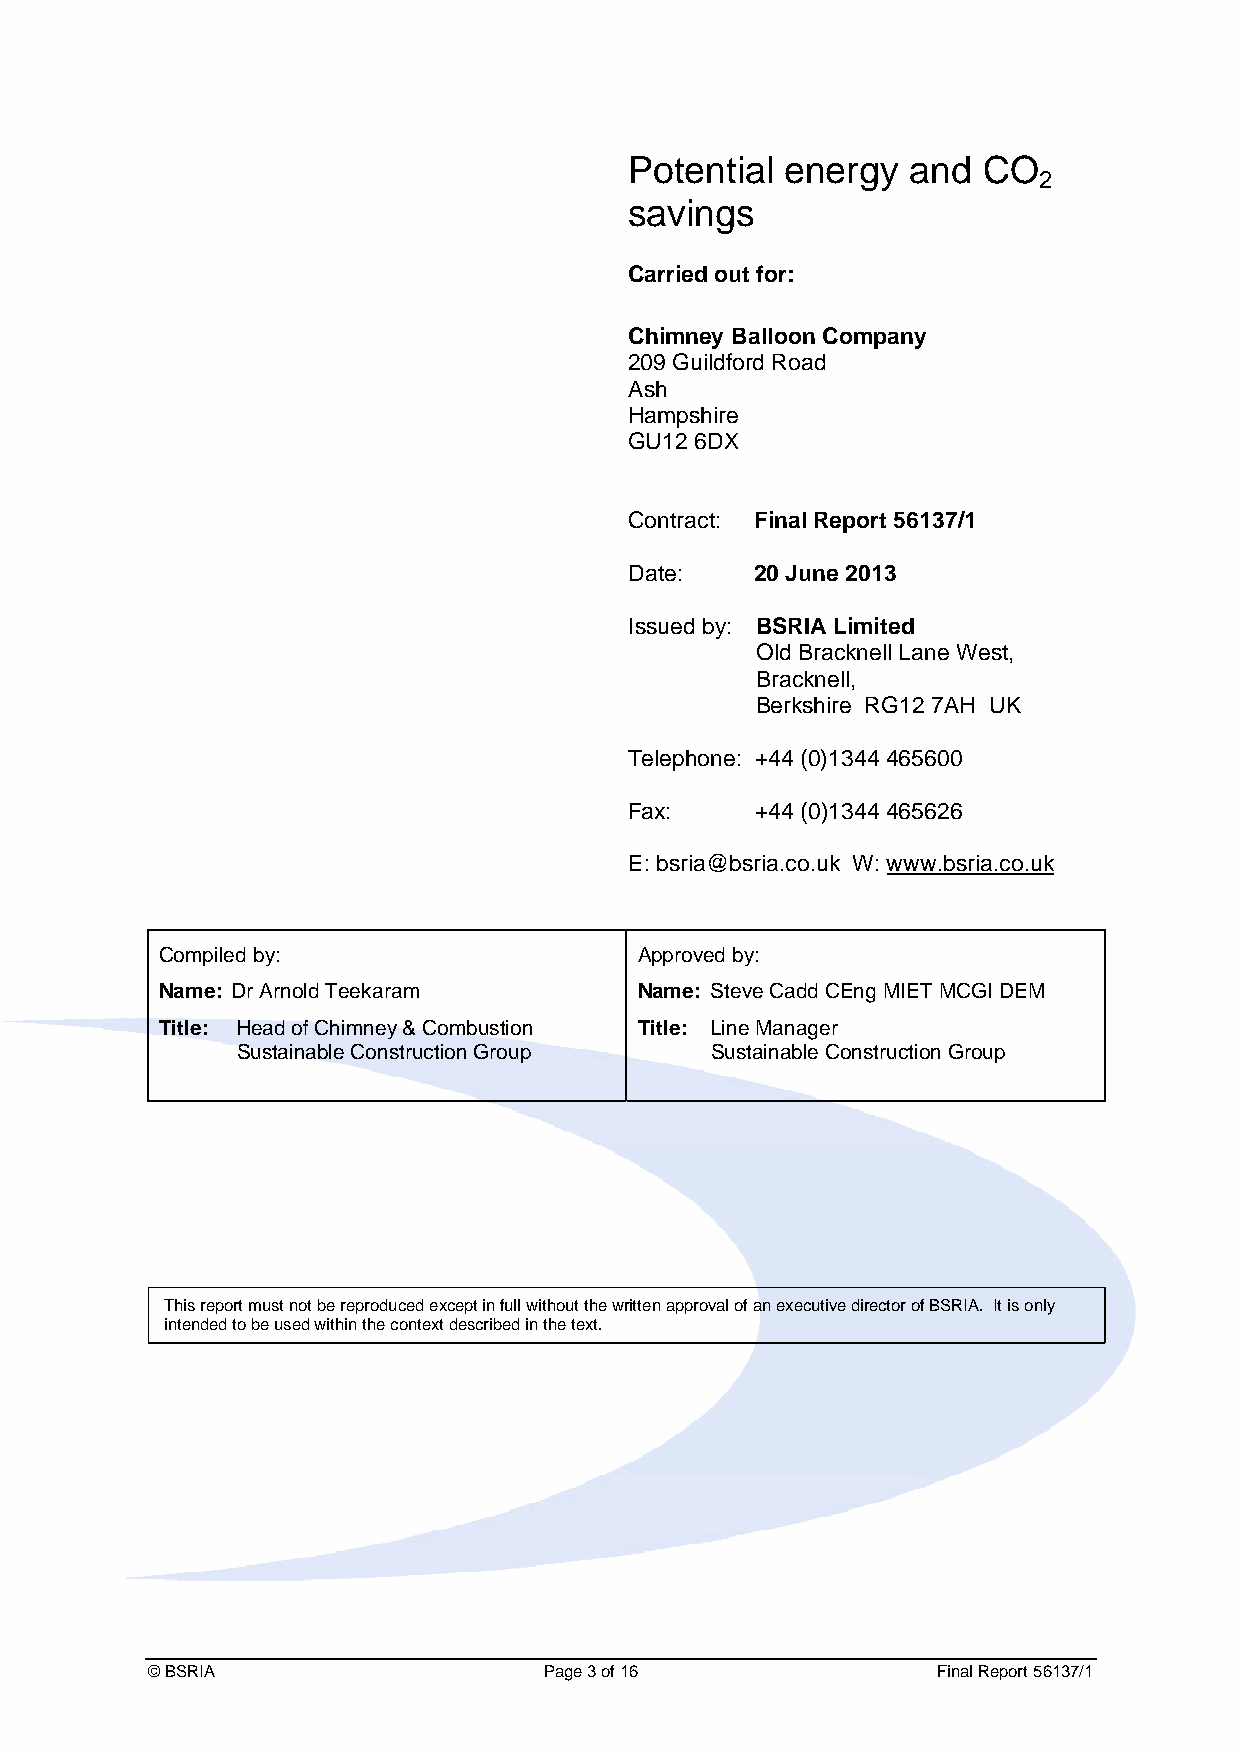
Potential energy  and  CO
 2
 savings
 Carried out for:
 Chimney Balloon Company
 209 Guildford Road
 Ash
 Hampshire
 GU12 6DX
 Contract: Final Report 56137/1
 Date:   20 June 2013
 Issued by: BSRIA Limited
 Old Bracknell Lane West,
 Bracknell,
 Berkshire RG12 7AH UK
 Telephone: +44 (0)1344 465600
 Fax:    +44 (0)1344 465626
 E: bsria@bsria.co.uk W: www.bsria.co.uk
 Compiled by:                   Approved by:
 Name: Dr Arnold Teekaram       Name: Steve Cadd CEng MIET MCGI DEM
 Title: Head of Chimney & Combustion Title: Line Manager
 Sustainable Construction Group Sustainable Construction Group
 This report must not be reproduced except in full without the written approval of an executive director of BSRIA. It is only
 intended to be used within the context described in the text.
 © BSRIA                   Page 3 of 16              Final Report 56137/1